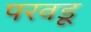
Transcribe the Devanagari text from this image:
परवडू